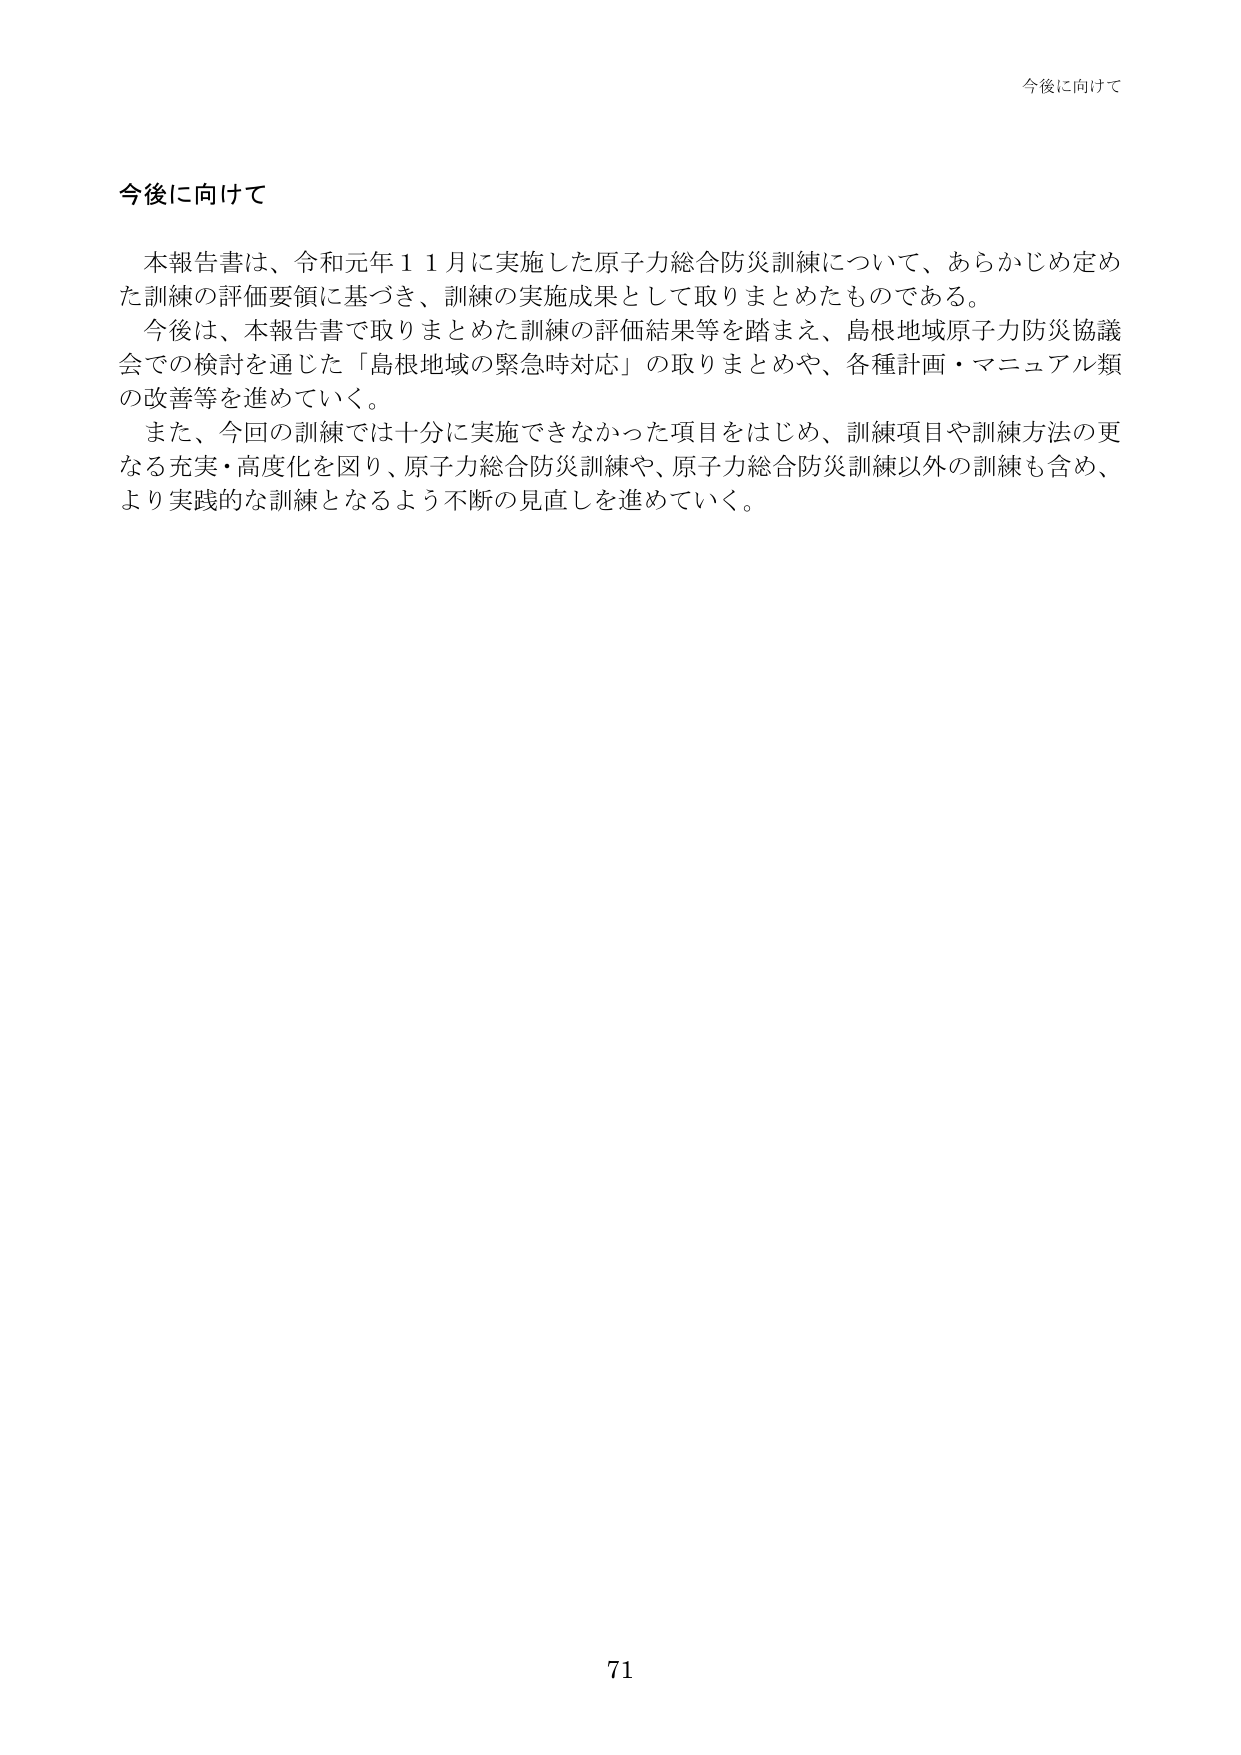
今後に向けて

本報告書は、令和元年１１月に実施した原子力総合防災訓練について、あらかじめ定めた訓練の評価要領に基づき、訓練の実施成果として取りまとめたものである。

今後は、本報告書で取りまとめた訓練の評価結果等を踏まえ、島根地域原子力防災協議会での検討を通じた「島根地域の緊急時対応」の取りまとめや、各種計画・マニュアル類の改善等を進めていく。

また、今回の訓練では十分に実施できなかった項目をはじめ、訓練項目や訓練方法の更なる充実・高度化を図り、原子力総合防災訓練や、原子力総合防災訓練以外の訓練も含め、より実践的な訓練となるよう不断の見直しを進めていく。

71